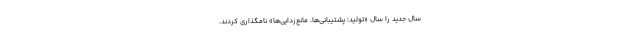
سال جدید را سال «تولید؛ پشتیبانی‌ها، مانع‌زدایی‌ها» نامگذاری کردند.